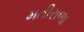
મતીરાળા